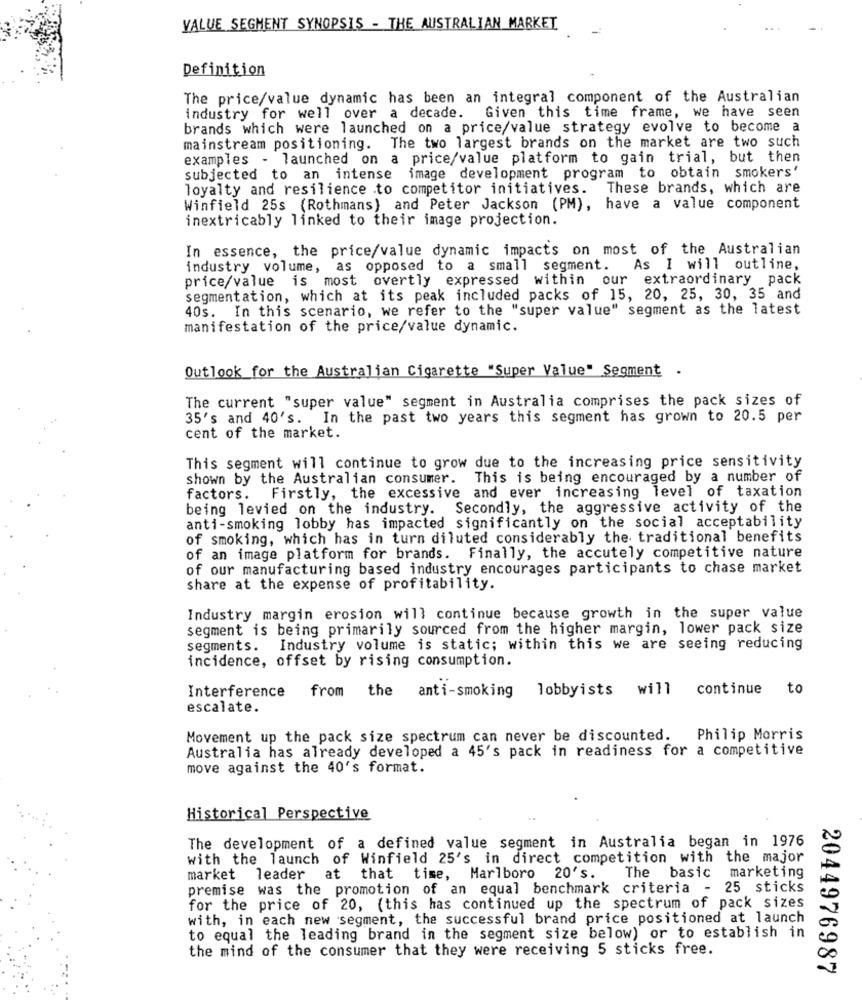
VALUE SEGMENT SYNOPSIS - THE AUSTRALIAN MARKET
Definition
The price/value dynamic has been an integral component of the Australian
industry for well over a decade. Given this time frame, we have seen
brands which were launched on a price/value strategy evolve to become a
mainstream positioning. The two largest brands on the market are two such
examples - launched on a price/value platform to gain trial, but then
subjected to an intense image development program to obtain smokers'
loyalty and resilience to competitor initiatives. These brands, which are
Winfield 25s (Rothmans) and Peter Jackson (PM), have a value component
inextricably linked to their image projection.
In essence, the price/value dynamic impacts on most of the Australian
industry volume, as opposed to a small segment. As I will outline,
price/value is most overtly expressed within our extraordinary pack
segmentation, which at its peak included packs of 15, 20, 25, 30, 35 and
40s. In this scenario, we refer to the "super value" segment as the latest
manifestation of the price/value dynamic.
Outlook for the Australian Cigarette "Super Value" Segment
.
The current "super value" segment in Australia comprises the pack sizes of
35's and 40's. In the past two years this segment has grown to 20.5 per
cent of the market.
This segment will continue to grow due to the increasing price sensitivity
shown by the Australian consumer. This is being encouraged by a number of
factors. Firstly, the excessive and ever increasing level of taxation
being levied on the industry. Secondly, the aggressive activity of the
anti-smoking lobby has impacted significantly on the social acceptability
of smoking, which has in turn diluted considerably the traditional benefits
of an image platform for brands. Finally, the accutely competitive nature
of our manufacturing based industry encourages participants to chase market
share at the expense of profitability.
Industry margin erosion will continue because growth in the super value
segment is being primarily sourced from the higher margin, lower pack size
segments. Industry volume is static; within this we are seeing reducing
incidence, offset by rising consumption.
Interference from thea
lobbyists will
continue to
anti-smoking
escalate.
Movement up the pack size spectrum can never be discounted.
Philip Morris
Australia has already developed a 45's pack in readiness for a competitive
move against the 40's format.
Historical Perspective
The development of a defined value segment in Australia began in 1976
with the launch of Winfield 25's in direct competition with the major
market leader at that time, Marlboro 20's.
The basic marketing
premise was the promotion of an equal benchmark criteria - 25 sticks
for the price of 20, (this has continued up the spectrum of pack sizes
with, in each new segment, the successful brand price positioned at launch
to equal the leading brand in the segment size below) or to establish in
the mind of the consumer that they were receiving 5 sticks free.
2044976987